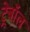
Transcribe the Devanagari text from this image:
ट्रेबॉल